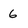
Character: 6